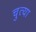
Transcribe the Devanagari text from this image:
चुत्या